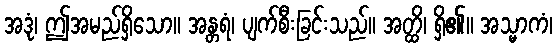
အဒုံ၊ ဤအမည်ရှိသော။ အန္တရံ၊ ပျက်စီးခြင်းသည်။ အတ္ထိ၊ ရှိ၏။ အသ္မာကံ၊